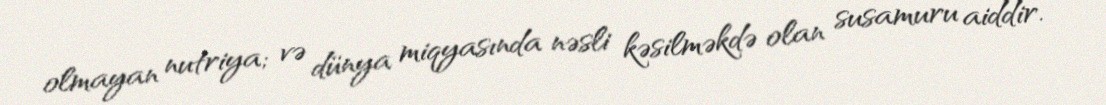
olmayan nutriya; və dünya miqyasında nəsli kəsilməkdə olan susamuru aiddir.